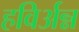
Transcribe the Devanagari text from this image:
हविर्अन्न